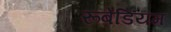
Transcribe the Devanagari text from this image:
रूबेडियम